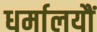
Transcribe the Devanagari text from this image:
धर्मालयौं